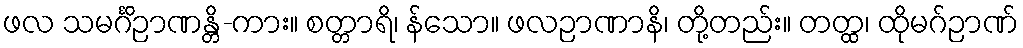
ဖလ သမင်္ဂိဉာဏန္တိ-ကား။ စတ္တာရိ၊ န်သော။ ဖလဉာဏာနိ၊ တို့တည်း။ တတ္ထ၊ ထိုမဂ်ဉာဏ်